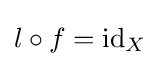
l\circ f=\operatorname {id} _{X}